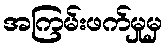
အကြမ်းဖက်မှုမှ